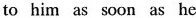
to him as soon as he